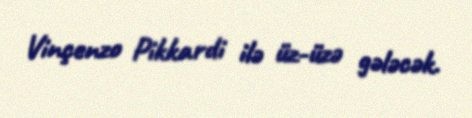
Vinçenzo Pikkardi ilə üz-üzə gələcək.